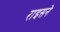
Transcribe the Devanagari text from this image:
राइसने